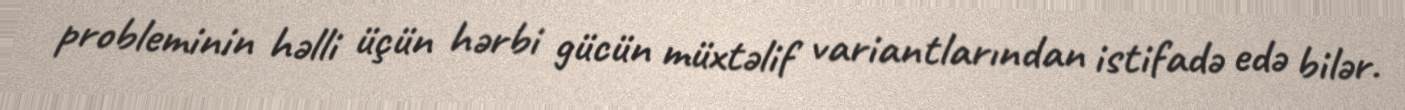
probleminin həlli üçün hərbi gücün müxtəlif variantlarından istifadə edə bilər.